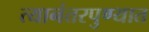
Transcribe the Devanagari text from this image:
त्यानंतरपुण्यात